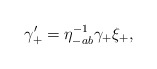
\begin{align*}\gamma'_+ = \eta_{-ab}^{-1} \gamma_+ \xi_+, \end{align*}